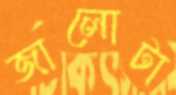
জালোটা